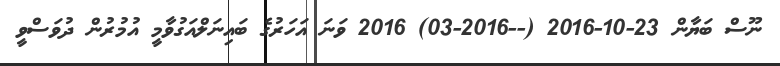
ނޫސް ބަޔާން 23-10-2016 (--2016-03) 2016 ވަނަ އަހަރުގެ ބައިނަލްއަގުވާމީ އުމުރުން ދުވަސްވީ